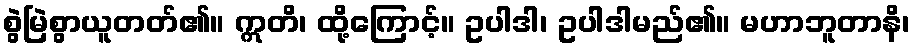
စွဲမြဲစွာယူတတ်၏။ ဣတိ၊ ထို့ကြောင့်။ ဥပါဒါ၊ ဥပါဒါမည်၏။ မဟာဘူတာနိ၊